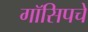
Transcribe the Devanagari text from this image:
गॉसिपचे